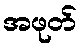
အဖုတ်